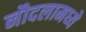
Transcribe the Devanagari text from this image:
नौदलामध्ये